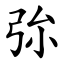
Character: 㢱